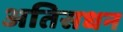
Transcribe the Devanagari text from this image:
अतिसधन